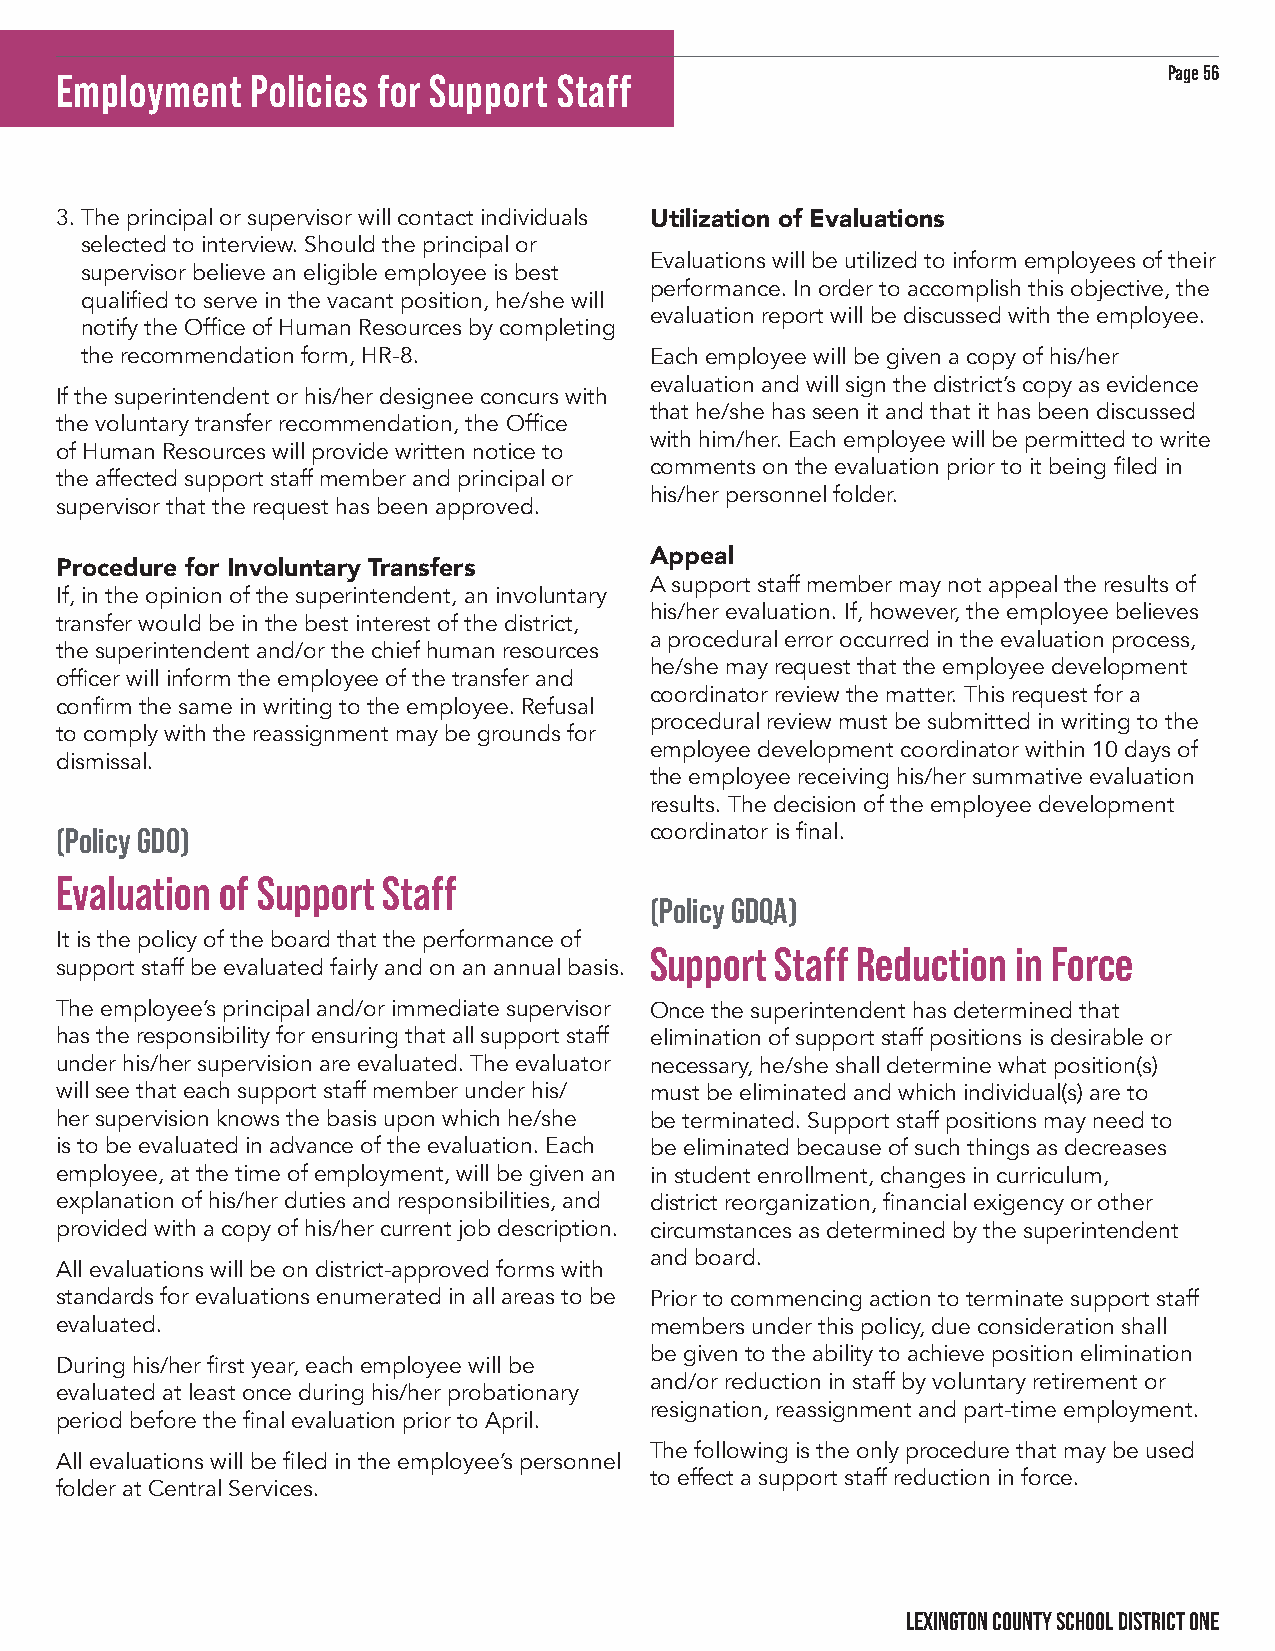
Page 56
 Employment   Policies for Support Staff
 3. The principal or supervisor will contact individuals Utilization of Evaluations
 selected to interview. Should the principal or
 Evaluations will be utilized to inform employees of their
 supervisor believe an eligible employee is best
 performance. In order to accomplish this objective, the
 qualified to serve in the vacant position, he/she will
 evaluation report will be discussed with the employee.
 notify the Office of Human Resources by completing
 the recommendation form, HR-8.        Each employee will be given a copy of his/her
 evaluation and will sign the district’s copy as evidence
 If the superintendent or his/her designee concurs with
 that he/she has seen it and that it has been discussed
 the voluntary transfer recommendation, the Office
 with him/her. Each employee will be permitted to write
 of Human Resources will provide written notice to
 comments on the evaluation prior to it being filed in
 the affected support staff member and principal or
 his/her personnel folder.
 supervisor that the request has been approved.
 Appeal
 Procedure for Involuntary Transfers
 A support staff member may not appeal the results of
 If, in the opinion of the superintendent, an involuntary
 his/her evaluation. If, however, the employee believes
 transfer would be in the best interest of the district,
 a procedural error occurred in the evaluation process,
 the superintendent and/or the chief human resources
 he/she may request that the employee development
 officer will inform the employee of the transfer and
 coordinator review the matter. This request for a
 confirm the same in writing to the employee. Refusal
 procedural review must be submitted in writing to the
 to comply with the reassignment may be grounds for
 employee development coordinator within 10 days of
 dismissal.
 the employee receiving his/her summative evaluation
 results. The decision of the employee development
 (Policy GDO)                           coordinator is final.
 Evaluation of Support Staff
 (Policy GDQA)
 It is the policy of the board that the performance of
 Support Staff Reduction in Force
 support staff be evaluated fairly and on an annual basis.
 The employee’s principal and/or immediate supervisor Once the superintendent has determined that
 has the responsibility for ensuring that all support staff elimination of support staff positions is desirable or
 under his/her supervision are evaluated. The evaluator necessary, he/she shall determine what position(s)
 will see that each support staff member under his/ must be eliminated and which individual(s) are to
 her supervision knows the basis upon which he/she be terminated. Support staff positions may need to
 is to be evaluated in advance of the evaluation. Each be eliminated because of such things as decreases
 employee, at the time of employment, will be given an in student enrollment, changes in curriculum,
 explanation of his/her duties and responsibilities, and district reorganization, financial exigency or other
 provided with a copy of his/her current job description. circumstances as determined by the superintendent
 and board.
 All evaluations will be on district-approved forms with
 standards for evaluations enumerated in all areas to be Prior to commencing action to terminate support staff
 evaluated.                             members under this policy, due consideration shall
 be given to the ability to achieve position elimination
 During his/her first year, each employee will be
 and/or reduction in staff by voluntary retirement or
 evaluated at least once during his/her probationary
 resignation, reassignment and part-time employment.
 period before the final evaluation prior to April.
 The following is the only procedure that may be used
 All evaluations will be filed in the employee’s personnel
 to effect a support staff reduction in force.
 folder at Central Services.
 LEXINGTON COUNTY SCHOOL DISTRICT ONE